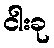
ငါးခု